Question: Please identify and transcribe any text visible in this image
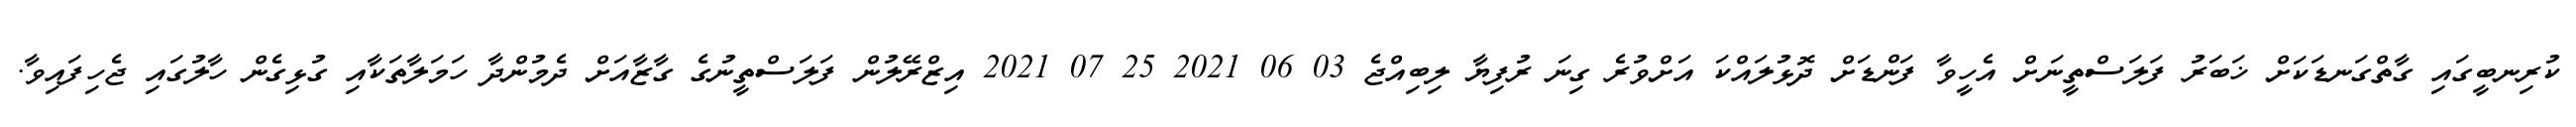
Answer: ކުރިނބީގައި ގާތްގަނޑަކަށް ޚަބަރު ފަލަސްތީނަށް އެހީވާ ފަންޑަށް ދޮޅުލައްކަ އަށްވުރެ ގިނަ ރުފިޔާ ލިބިއްޖެ 03 06 2021 25 07 2021 އިޒްރޭލުން ފަލަސްތީނުގެ ގާޒާއަށް ދެމުންދާ ހަމަލާތަކާއި ގުޅިގެން ހާލުގައި ޖެހިފައިވާ.